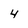
Character: 4